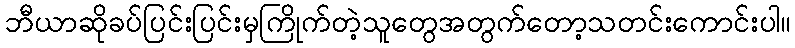
ဘီယာဆိုခပ်ပြင်းပြင်းမှကြိုက်တဲ့သူတွေအတွက်တော့သတင်းကောင်းပါ။